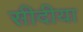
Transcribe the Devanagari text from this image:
सीदीया